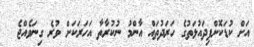
އަށް ކުޑަކޮށްފިދައުލަތުގެ ހަރަދުތައް އާންމު ނުކުރާތާ އަހަރަކަށް ވުރެ ގިނަވެއްޖެ